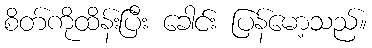
စိတ်ကိုထိန်းပြီး ခေါင်း ပြန်မော့သည်။